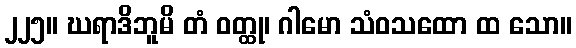
၂၂၅။ ဃရာဒိဘူမိ တံ ဝတ္ထု၊ ဂါမော သံဝသထော ထ သော။